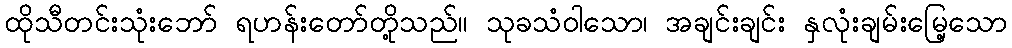
ထိုသီတင်းသုံးဘော် ရဟန်းတော်တို့သည်။ သုခသံဝါသော၊ အချင်းချင်း နှလုံးချမ်းမြေ့သော